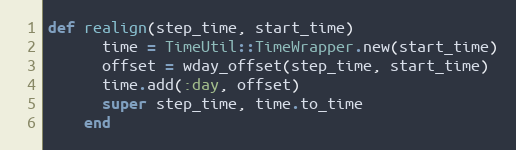
Language: Ruby
def realign(step_time, start_time)
      time = TimeUtil::TimeWrapper.new(start_time)
      offset = wday_offset(step_time, start_time)
      time.add(:day, offset)
      super step_time, time.to_time
    end